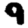
Digit: 9